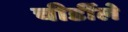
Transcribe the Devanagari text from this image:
चीर्डीले